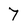
Character: 7